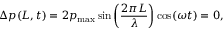
\Delta p ( L , t ) = 2 p _ { \mathrm { m a x } } \sin \left( { \frac { 2 \pi L } { \lambda } } \right) \cos ( \omega t ) = 0 ,